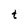
Character: t